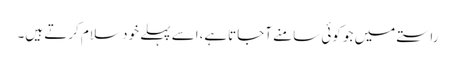
راستے میں جو کوئی سامنے آجاتاہے،اسے پہلے خود سلام کرتے ہیں۔